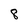
Character: 8